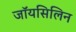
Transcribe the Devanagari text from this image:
जॉयसिलिन